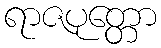
ရာဇပုတ္တော